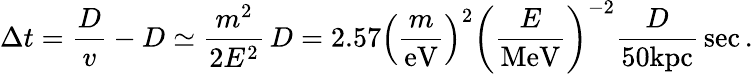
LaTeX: \Delta{t}=\frac{D}{v}-D\simeq\frac{m^{2}}{2E^{2}}\, D=2.57\left(\frac{m}{\mathrm{eV}}\right)^{2}\left(\frac{E}{\mathrm{MeV}}\right)^{-2}\frac{D}{50\mathrm{kpc}}\, \mathrm{sec}\, .